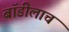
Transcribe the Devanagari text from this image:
बॉडीलाच